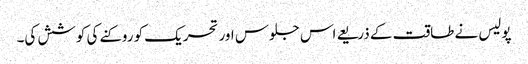
پولیس نے طاقت کے ذریعے اس جلوس اور تحریک کو روکنے کی کوشش کی۔